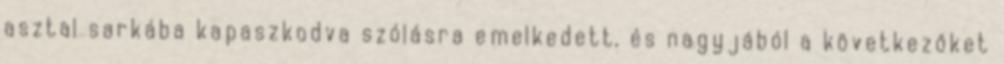
asztal sarkába kapaszkodva szólásra emelkedett, és nagyjából a következőket